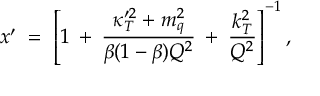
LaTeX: x ^ { \prime } \; = \; \left[ 1 \: + \: \frac { \kappa _ { T } ^ { \prime 2 } + m _ { q } ^ { 2 } } { \beta ( 1 - \beta ) Q ^ { 2 } } \: + \: \frac { k _ { T } ^ { 2 } } { Q ^ { 2 } } \right] ^ { - 1 } ,